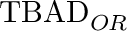
\mathrm { T B A D } _ { O R }